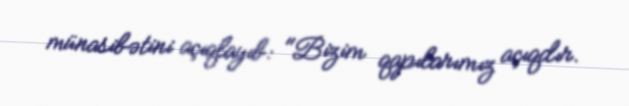
münasibətini açıqlayıb: "Bizim qapılarımız açıqdır.